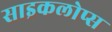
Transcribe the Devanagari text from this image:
साइकलोप्स